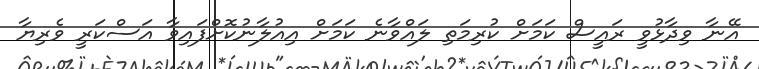
އޭނާ ވިދާޅުވީ ރައީސް ކަމަށް ކުރިމަތި ލައްވާނެ ކަމަށް އިއުލާނުކޮށްފައިވާ އަސްކަރީ ވެރިޔާ